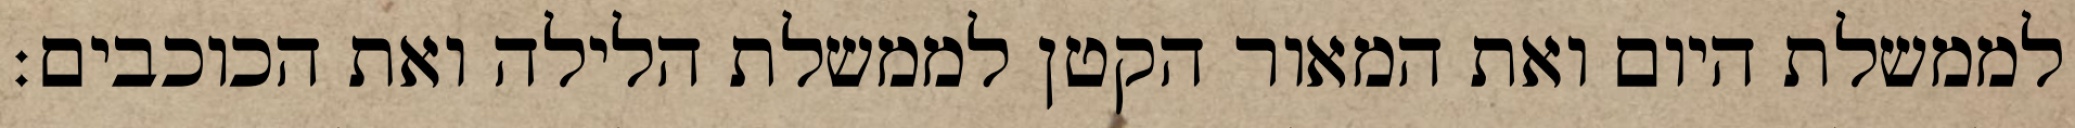
לממשלת היום ואת המאור הקטן לממשלת הלילה ואת הכוכבים׃